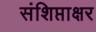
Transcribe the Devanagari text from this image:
संशिप्ताक्षर